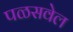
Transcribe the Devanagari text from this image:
पळसवेल